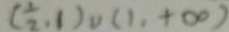
( \frac { 1 } { 2 } , 1 ) \cup ( 1 , + \infty )